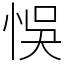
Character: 悞